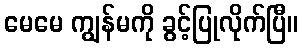
မေမေ ကျွန်မကို ခွင့်ပြုလိုက်ပြီ။